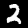
Digit: 2